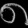
Digit: ၈